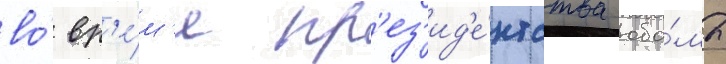
во́ вр'е́м'я пр'ез'ид'е́нтства оба́мы